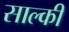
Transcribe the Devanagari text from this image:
साल्की